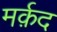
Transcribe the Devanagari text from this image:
मर्क़द